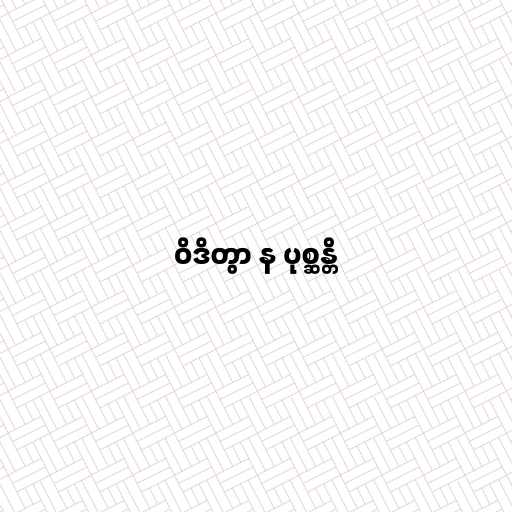
ဝိဒိတွာ န ပုစ္ဆန္တိ